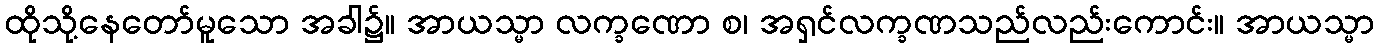
ထိုသို့နေတော်မူသော အခါ၌။ အာယသ္မာ လက္ခဏော စ၊ အရှင်လက္ခဏသည်လည်းကောင်း။ အာယသ္မာ